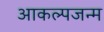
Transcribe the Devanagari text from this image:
आकल्पजन्म